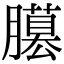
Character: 𦢐